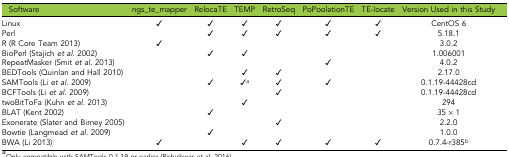
<table><thead><tr><td><b>Software</b></td><td><b>ngs_te_mapper</b></td><td><b>RelocaTE</b></td><td><b>TEMP</b></td><td><b>RetroSeq</b></td><td><b>PoPoolationTE</b></td><td><b>TE-locate</b></td><td><b>Version Used in this Study</b></td></tr></thead><tbody><tr><td>Linux</td><td>✓</td><td>✓</td><td>✓</td><td>✓</td><td>✓</td><td>✓</td><td>CentOS 6</td></tr><tr><td>Perl</td><td></td><td>✓</td><td>✓</td><td>✓</td><td>✓</td><td>✓</td><td>5.18.1</td></tr><tr><td>R (R Core Team 2013)</td><td>✓</td><td></td><td></td><td></td><td></td><td></td><td>3.0.2</td></tr><tr><td>BioPerl (Stajich <i>et al.</i> 2002)</td><td></td><td>✓</td><td>✓</td><td></td><td></td><td></td><td>1.006001</td></tr><tr><td>RepeatMasker (Smit <i>et al.</i> 2013)</td><td></td><td></td><td></td><td></td><td>✓</td><td></td><td>4.0.2</td></tr><tr><td>BEDTools (Quinlan and Hall 2010)</td><td></td><td></td><td>✓</td><td>✓</td><td></td><td></td><td>2.17.0</td></tr><tr><td>SAMTools (Li <i>et al.</i> 2009)</td><td></td><td>✓</td><td>✓<i><sup>a</sup></i></td><td>✓</td><td>✓</td><td></td><td>0.1.19-44428cd</td></tr><tr><td>BCFTools (Li <i>et al.</i> 2009)</td><td></td><td></td><td></td><td>✓</td><td></td><td></td><td>0.1.19-44428cd</td></tr><tr><td>twoBitToFa (Kuhn <i>et al.</i> 2013)</td><td></td><td></td><td>✓</td><td></td><td></td><td></td><td>294</td></tr><tr><td>BLAT (Kent 2002)</td><td></td><td>✓</td><td></td><td></td><td></td><td></td><td>35 × 1</td></tr><tr><td>Exonerate (Slater and Birney 2005)</td><td></td><td></td><td></td><td>✓</td><td></td><td></td><td>2.2.0</td></tr><tr><td>Bowtie (Langmead <i>et al.</i> 2009)</td><td></td><td>✓</td><td></td><td></td><td></td><td></td><td>1.0.0</td></tr><tr><td>BWA (Li 2013)</td><td>✓</td><td></td><td>✓</td><td>✓</td><td>✓</td><td>✓</td><td>0.7.4-r385<i><sup>b</sup></i></td></tr></tbody></table>